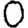
Digit: 0